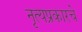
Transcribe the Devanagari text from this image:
नृत्यप्रकारचे